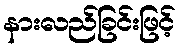
နားလည်ခြင်းဖြင့်